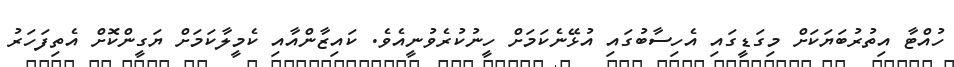
ހުއްޓާ އިތުރުބަޔަކަށް މިގަޑީގައި އެހިސާބުގައި އުޅޭނެކަމަށް ހީނުކުރެވުނީއެވެ. ކައިޒާންއާއި ކެމީލާކަމަށް ޔަގީންކޮށް އެތިފަހަރު